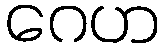
ဂေဟ